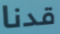
قدنا